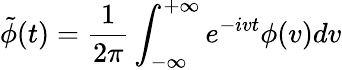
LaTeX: \tilde{\phi}(t)=\frac{1}{2\pi}\int_{-\infty}^{+\infty}e^{-ivt}\phi(v)dv